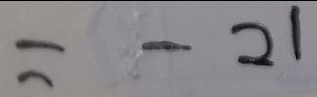
= - 2 1